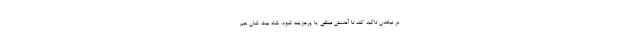
بر نیامدن تاکید کند تا آمدنش منتفی یا پرهزینه شود. شاه بیت شان هم